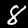
Label: 8